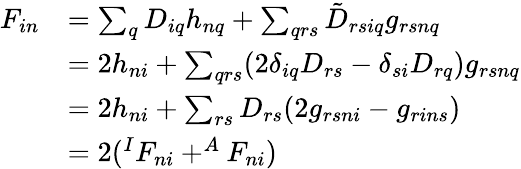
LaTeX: \begin{array}{rl}{F_{in}}&{=\sum_{q}D_{iq}h_{nq}+\sum_{qrs}\tilde{D}_{rsiq}g_{rsnq}}\\ &{=2h_{ni}+\sum_{qrs}(2\delta_{iq}D_{rs}-\delta_{si}D_{rq})g_{rsnq}}\\ &{=2h_{ni}+\sum_{rs}D_{rs}(2g_{rsni}-g_{rins})}\\ &{=2(^{I}F_{ni}+^{A}F_{ni})}\end{array}